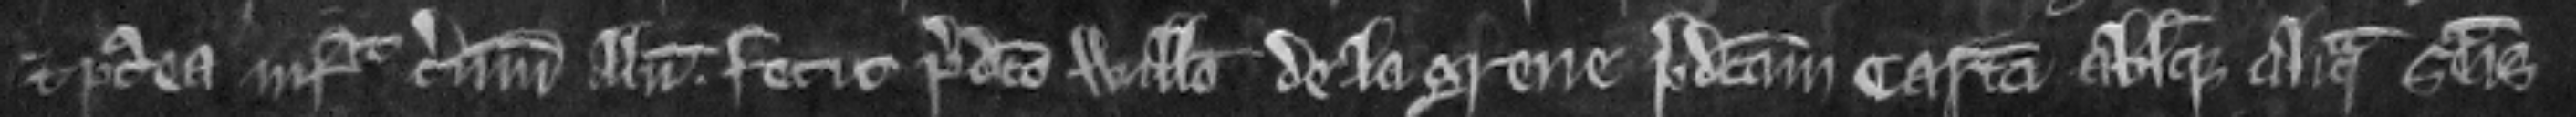
Et postea infra terminum illum fecit predicto Willelmo de la Grene predictam cartam absque aliqua seisina